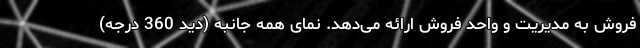
فروش به مدیریت و واحد فروش ارائه می‌دهد. نمای همه جانبه (دید 360 درجه)